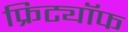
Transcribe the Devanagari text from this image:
फ्रिट्यॉफ